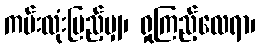
ကမ်းလုံးပြည့်မျှ၊ ရှုကြည့်လေရာ၊